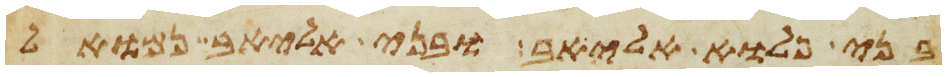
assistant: בני פלוא אליאב ובני אליאב נמואל